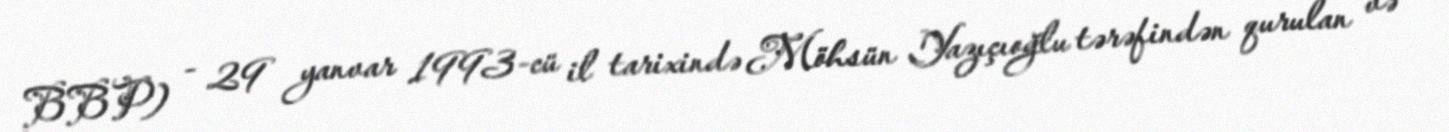
BBP) - 29 yanvar 1993-cü il tarixində Möhsün Yazıçıoğlu tərəfindən qurulan və